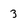
Character: 3